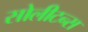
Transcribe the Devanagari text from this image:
सोलीटन्स